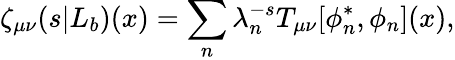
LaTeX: \zeta_{\mu\nu}(s|L_{b})(x)=\sum_{n}\lambda_{n}^{-s}T_{\mu\nu}[\phi_{n}^{*},\phi_{n}](x),